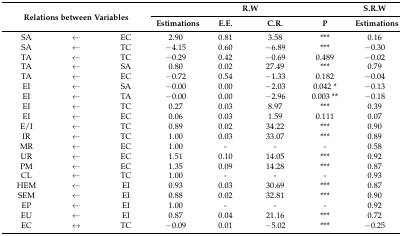
<table><thead><tr><td rowspan="2" colspan="3"><b>Relations between Variables</b></td><td colspan="4"><b>R.W</b></td><td><b>S.R.W</b></td></tr><tr><td><b>Estimations</b></td><td><b>E.E.</b></td><td><b>C.R.</b></td><td><b>P</b></td><td><b>Estimations</b></td></tr></thead><tbody><tr><td>SA</td><td>←</td><td>EC</td><td>2.90</td><td>0.81</td><td>3.58</td><td>***</td><td>0.16</td></tr><tr><td>SA</td><td>←</td><td>TC</td><td>−4.15</td><td>0.60</td><td>−6.89</td><td>***</td><td>−0.30</td></tr><tr><td>TA</td><td>←</td><td>TC</td><td>−0.29</td><td>0.42</td><td>−0.69</td><td>0.489</td><td>−0.02</td></tr><tr><td>TA</td><td>←</td><td>SA</td><td>0.80</td><td>0.02</td><td>27.49</td><td>***</td><td>0.79</td></tr><tr><td>TA</td><td>←</td><td>EC</td><td>−0.72</td><td>0.54</td><td>−1.33</td><td>0.182</td><td>−0.04</td></tr><tr><td>EI</td><td>←</td><td>SA</td><td>−0.00</td><td>0.00</td><td>−2.03</td><td>0.042 *</td><td>−0.13</td></tr><tr><td>EI</td><td>←</td><td>TA</td><td>−0.00</td><td>0.00</td><td>−2.96</td><td>0.003 **</td><td>−0.18</td></tr><tr><td>EI</td><td>←</td><td>TC</td><td>0.27</td><td>0.03</td><td>8.97</td><td>***</td><td>0.39</td></tr><tr><td>EI</td><td>←</td><td>EC</td><td>0.06</td><td>0.03</td><td>1.59</td><td>0.111</td><td>0.07</td></tr><tr><td>E/I</td><td>←</td><td>TC</td><td>0.89</td><td>0.02</td><td>34.22</td><td>***</td><td>0.90</td></tr><tr><td>IR</td><td>←</td><td>TC</td><td>1.00</td><td>0.03</td><td>33.07</td><td>***</td><td>0.89</td></tr><tr><td>MR</td><td>←</td><td>EC</td><td>1.00</td><td>-</td><td>-</td><td>-</td><td>0.58</td></tr><tr><td>UR</td><td>←</td><td>EC</td><td>1.51</td><td>0.10</td><td>14.05</td><td>***</td><td>0.92</td></tr><tr><td>PM</td><td>←</td><td>EC</td><td>1.35</td><td>0.09</td><td>14.28</td><td>***</td><td>0.87</td></tr><tr><td>CL</td><td>←</td><td>TC</td><td>1.00</td><td>-</td><td>-</td><td>-</td><td>0.93</td></tr><tr><td>HEM</td><td>←</td><td>EI</td><td>0.93</td><td>0.03</td><td>30.69</td><td>***</td><td>0.87</td></tr><tr><td>SEM</td><td>←</td><td>EI</td><td>0.88</td><td>0.02</td><td>32.81</td><td>***</td><td>0.90</td></tr><tr><td>EP</td><td>←</td><td>EI</td><td>1.00</td><td>-</td><td>-</td><td>-</td><td>0.92</td></tr><tr><td>EU</td><td>←</td><td>EI</td><td>0.87</td><td>0.04</td><td>21.16</td><td>***</td><td>0.72</td></tr><tr><td>EC</td><td>↔</td><td>TC</td><td>−0.09</td><td>0.01</td><td>−5.02</td><td>***</td><td>−0.25</td></tr></tbody></table>